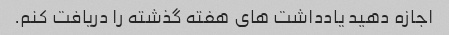
اجازه دهید یادداشت های هفته گذشته را دریافت کنم.